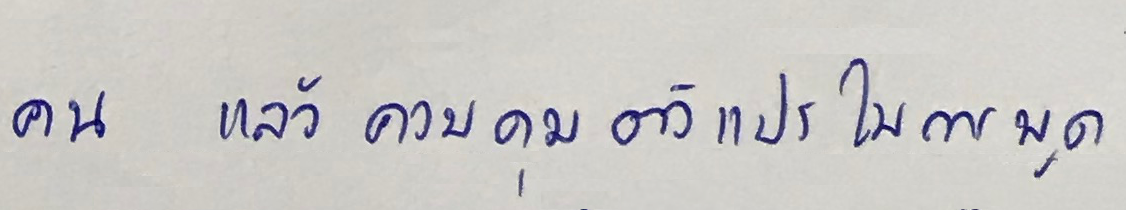
คน แล้วควบคุมตัวแปรในการพูด